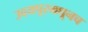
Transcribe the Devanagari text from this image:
उदयपूरमधूनच